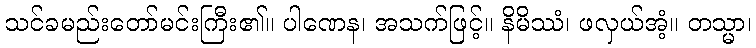
သင်ခမည်းတော်မင်းကြီး၏။ ပါဏေန၊ အသက်ဖြင့်။ နိမိဿံ၊ ဖလှယ်အံ့။ တသ္မာ၊